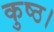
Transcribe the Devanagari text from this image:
कुष्ठ।